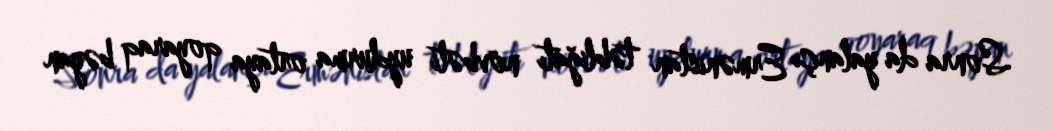
Sonra da yalançı Ermənistan təbliğatı növbəti uydurma ortaya qoyaraq bəyan